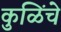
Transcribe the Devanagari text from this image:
कुळिंचे